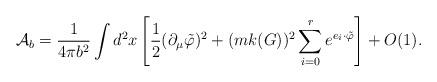
LaTeX: \begin{align*}{\cal A}_b=\frac{1}{4\pi b^2} \int d^2x\left[ \frac 1{2 }(\partial _\mu\tilde{\varphi} )^2+(mk(G))^2\sum_{i=0}^re^{e_i\cdot\tilde{ \varphi}}\right]+O(1).\end{align*}